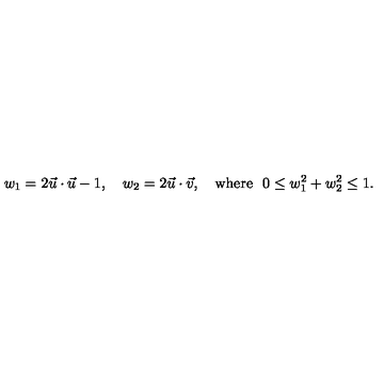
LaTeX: w _ { 1 } = 2 \vec { u } \cdot \vec { u } - 1 , \quad w _ { 2 } = 2 \vec { u } \cdot \vec { v } , \quad \mathrm { w h e r e \ } \ 0 \le w _ { 1 } ^ { 2 } + w _ { 2 } ^ { 2 } \le 1 .